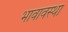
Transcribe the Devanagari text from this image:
भावावस्था